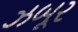
ઝબૂર